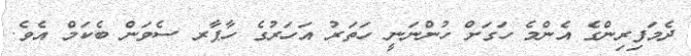
ދެމަފިރިންގެ އެންމެ ހަގަށް ހުންނަނީ ހަތަރު އަހަރުގެ ހާޕާރ ސެވަން ބެކަމް އެވެ.